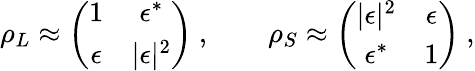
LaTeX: \rho_{L}\approx\left(\begin{array}{cc}{{1}}&{{\epsilon^{*}}}\\ {{\epsilon}}&{{|\epsilon|^{2}}}\end{array}\right)\ ,\qquad\rho_{S}\approx\left(\begin{array}{cc}{{|\epsilon|^{2}}}&{{\epsilon}}\\ {{\epsilon^{*}}}&{{1}}\end{array}\right)\ ,